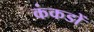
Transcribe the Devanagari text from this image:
कंकडों